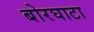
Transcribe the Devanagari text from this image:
बोरघाटा